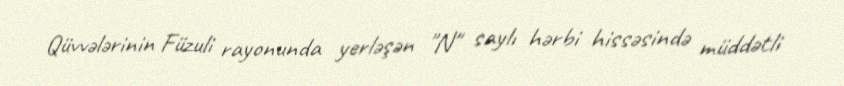
Qüvvələrinin Füzuli rayonunda yerləşən "N" saylı hərbi hissəsində müddətli